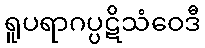
ရူပရာဂပ္ပဋိသံဝေဒီ